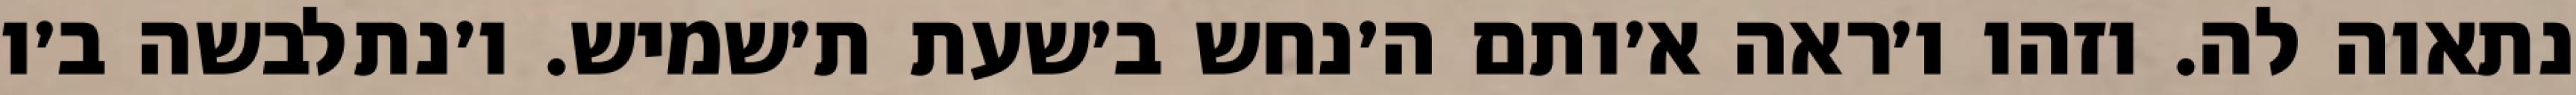
נתאוה לה. וזהו ו׳ראה א׳ותם ה׳נחש ב׳שעת ת׳שמיש. ו׳נתלבשה ב׳ו